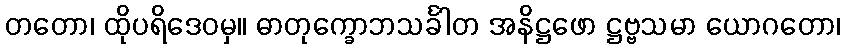
တတော၊ ထိုပရိဒေဝမှ။ ဓာတုက္ခောဘသင်္ခါတ အနိဋ္ဌဖော ဋ္ဌဗ္ဗသမာ ယောဂတော၊